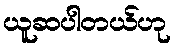
ယူဆပါတယ်ဟု